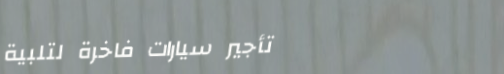
تأجير سيارات فاخرة لتلبية